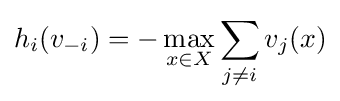
h_{i}(v_{-i})=-\max _{x\in X}\sum _{j\neq i}v_{j}(x)